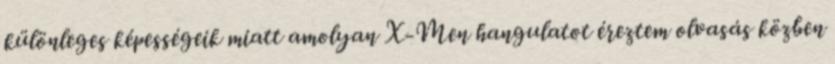
különleges képességeik miatt amolyan X-Men hangulatot éreztem olvasás közben